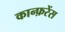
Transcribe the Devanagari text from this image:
कान्फ़रेंस